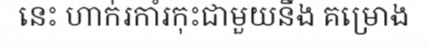
នេះ ហាក់រកាំរកុះជាមួយនឹង គម្រោង